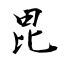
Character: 毘